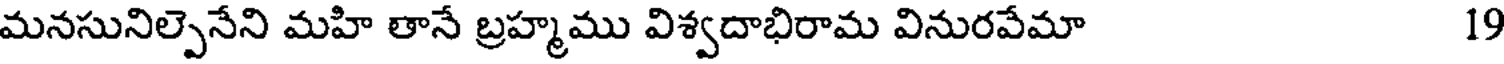
మనసునిల్పెనేని మహి తానే బ్రహ్మము విశ్వదాభిరామ వినురవేమా 19